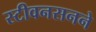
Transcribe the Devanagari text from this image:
स्टीवनसनने